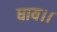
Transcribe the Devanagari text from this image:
धाय।।